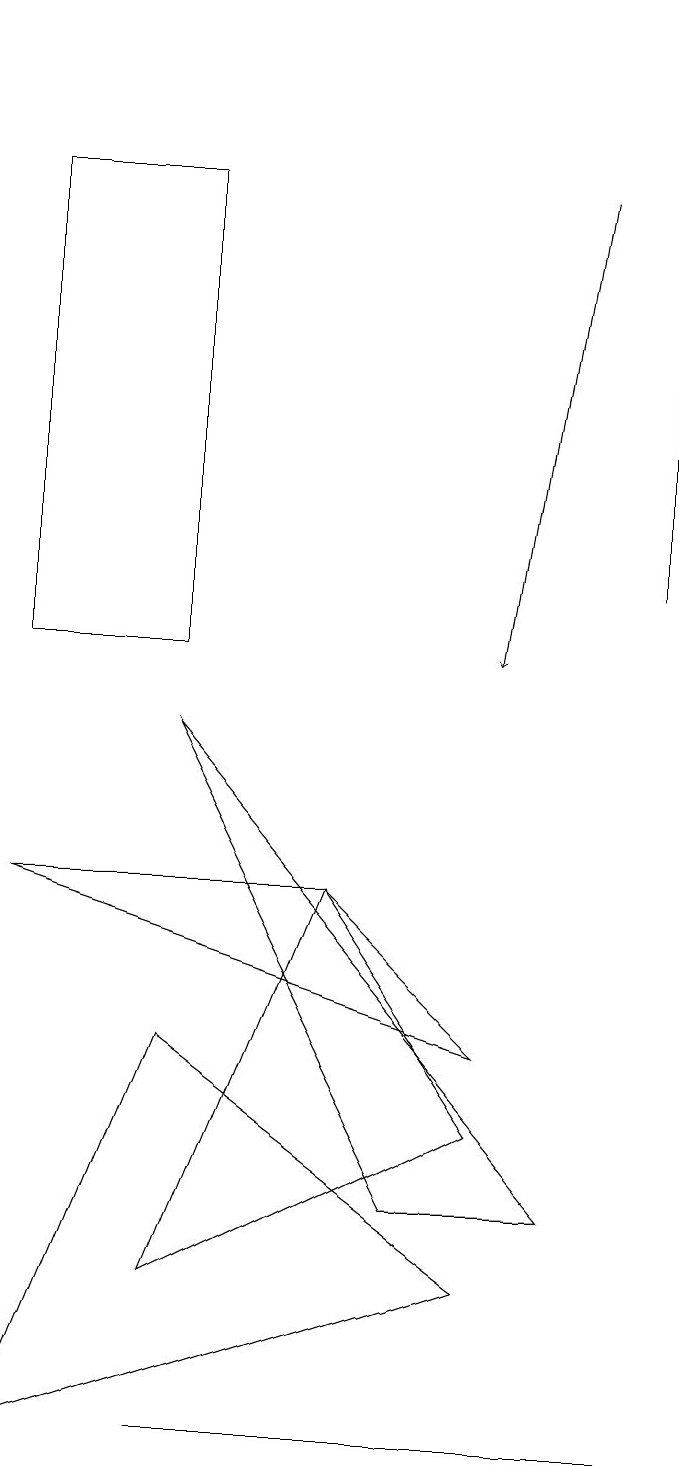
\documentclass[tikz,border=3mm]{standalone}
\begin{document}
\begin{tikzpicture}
\draw (5,0) -- (8,0) -- (2,0) -- cycle;
\draw[->] (7,16) -- (6,10);
\draw (6,2) -- (2,5) -- (0,0) -- cycle;
\draw (8,11) rectangle (8,18);
\draw (4,7) -- (0,7) -- (6,5) -- cycle;
\draw (4,7) -- (2,2) -- (6,4) -- cycle;
\draw (2,16) rectangle (0,10);
\draw (2,9) -- (5,3) -- (7,3) -- cycle;
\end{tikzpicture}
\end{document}